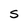
Character: S